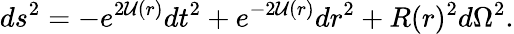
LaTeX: ds^{2}=-e^{2\mathcal{U}(r)}dt^{2}+e^{-2\mathcal{U}(r)}dr^{2}+R(r)^{2}d\Omega^{2}.